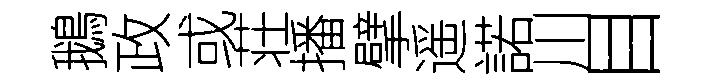
鵝政或荘播擘遥諾川目